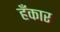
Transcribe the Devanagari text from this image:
हँकार